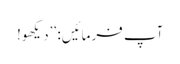
آپ فرمائیں: ’’دیکھو!